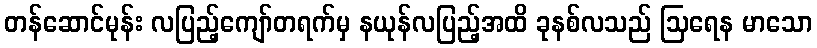
တန်ဆောင်မုန်း လပြည့်ကျော်တရက်မှ နယုန်လပြည့်အထိ ခုနစ်လသည် ဩရေန မာသော